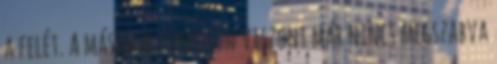
a felét. A második fordulón viszont már nincs megszabva